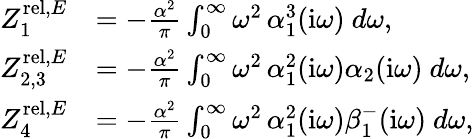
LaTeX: \begin{array}{rl}{Z_{1}^{\mathrm{rel},E}}&{=-\frac{\alpha^{2}}\pi\int_{0}^{\infty}\omega^{2}\, \alpha_{1}^{3}(\mathrm{i}\omega)~d\omega,}\\ {Z_{2,3}^{\mathrm{rel},E}}&{=-\frac{\alpha^{2}}\pi\int_{0}^{\infty}\omega^{2}\, \alpha_{1}^{2}(\mathrm{i}\omega)\alpha_{2}(\mathrm{i}\omega)~d\omega,}\\ {Z_{4}^{\mathrm{rel},E}}&{=-\frac{\alpha^{2}}\pi\int_{0}^{\infty}\omega^{2}\, \alpha_{1}^{2}(\mathrm{i}\omega)\beta_{1}^{-}(\mathrm{i}\omega)~d\omega,}\end{array}